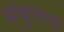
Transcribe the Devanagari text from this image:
संकुलाचं